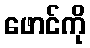
ဖောင်ကို